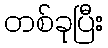
တစ်ခုပြီး